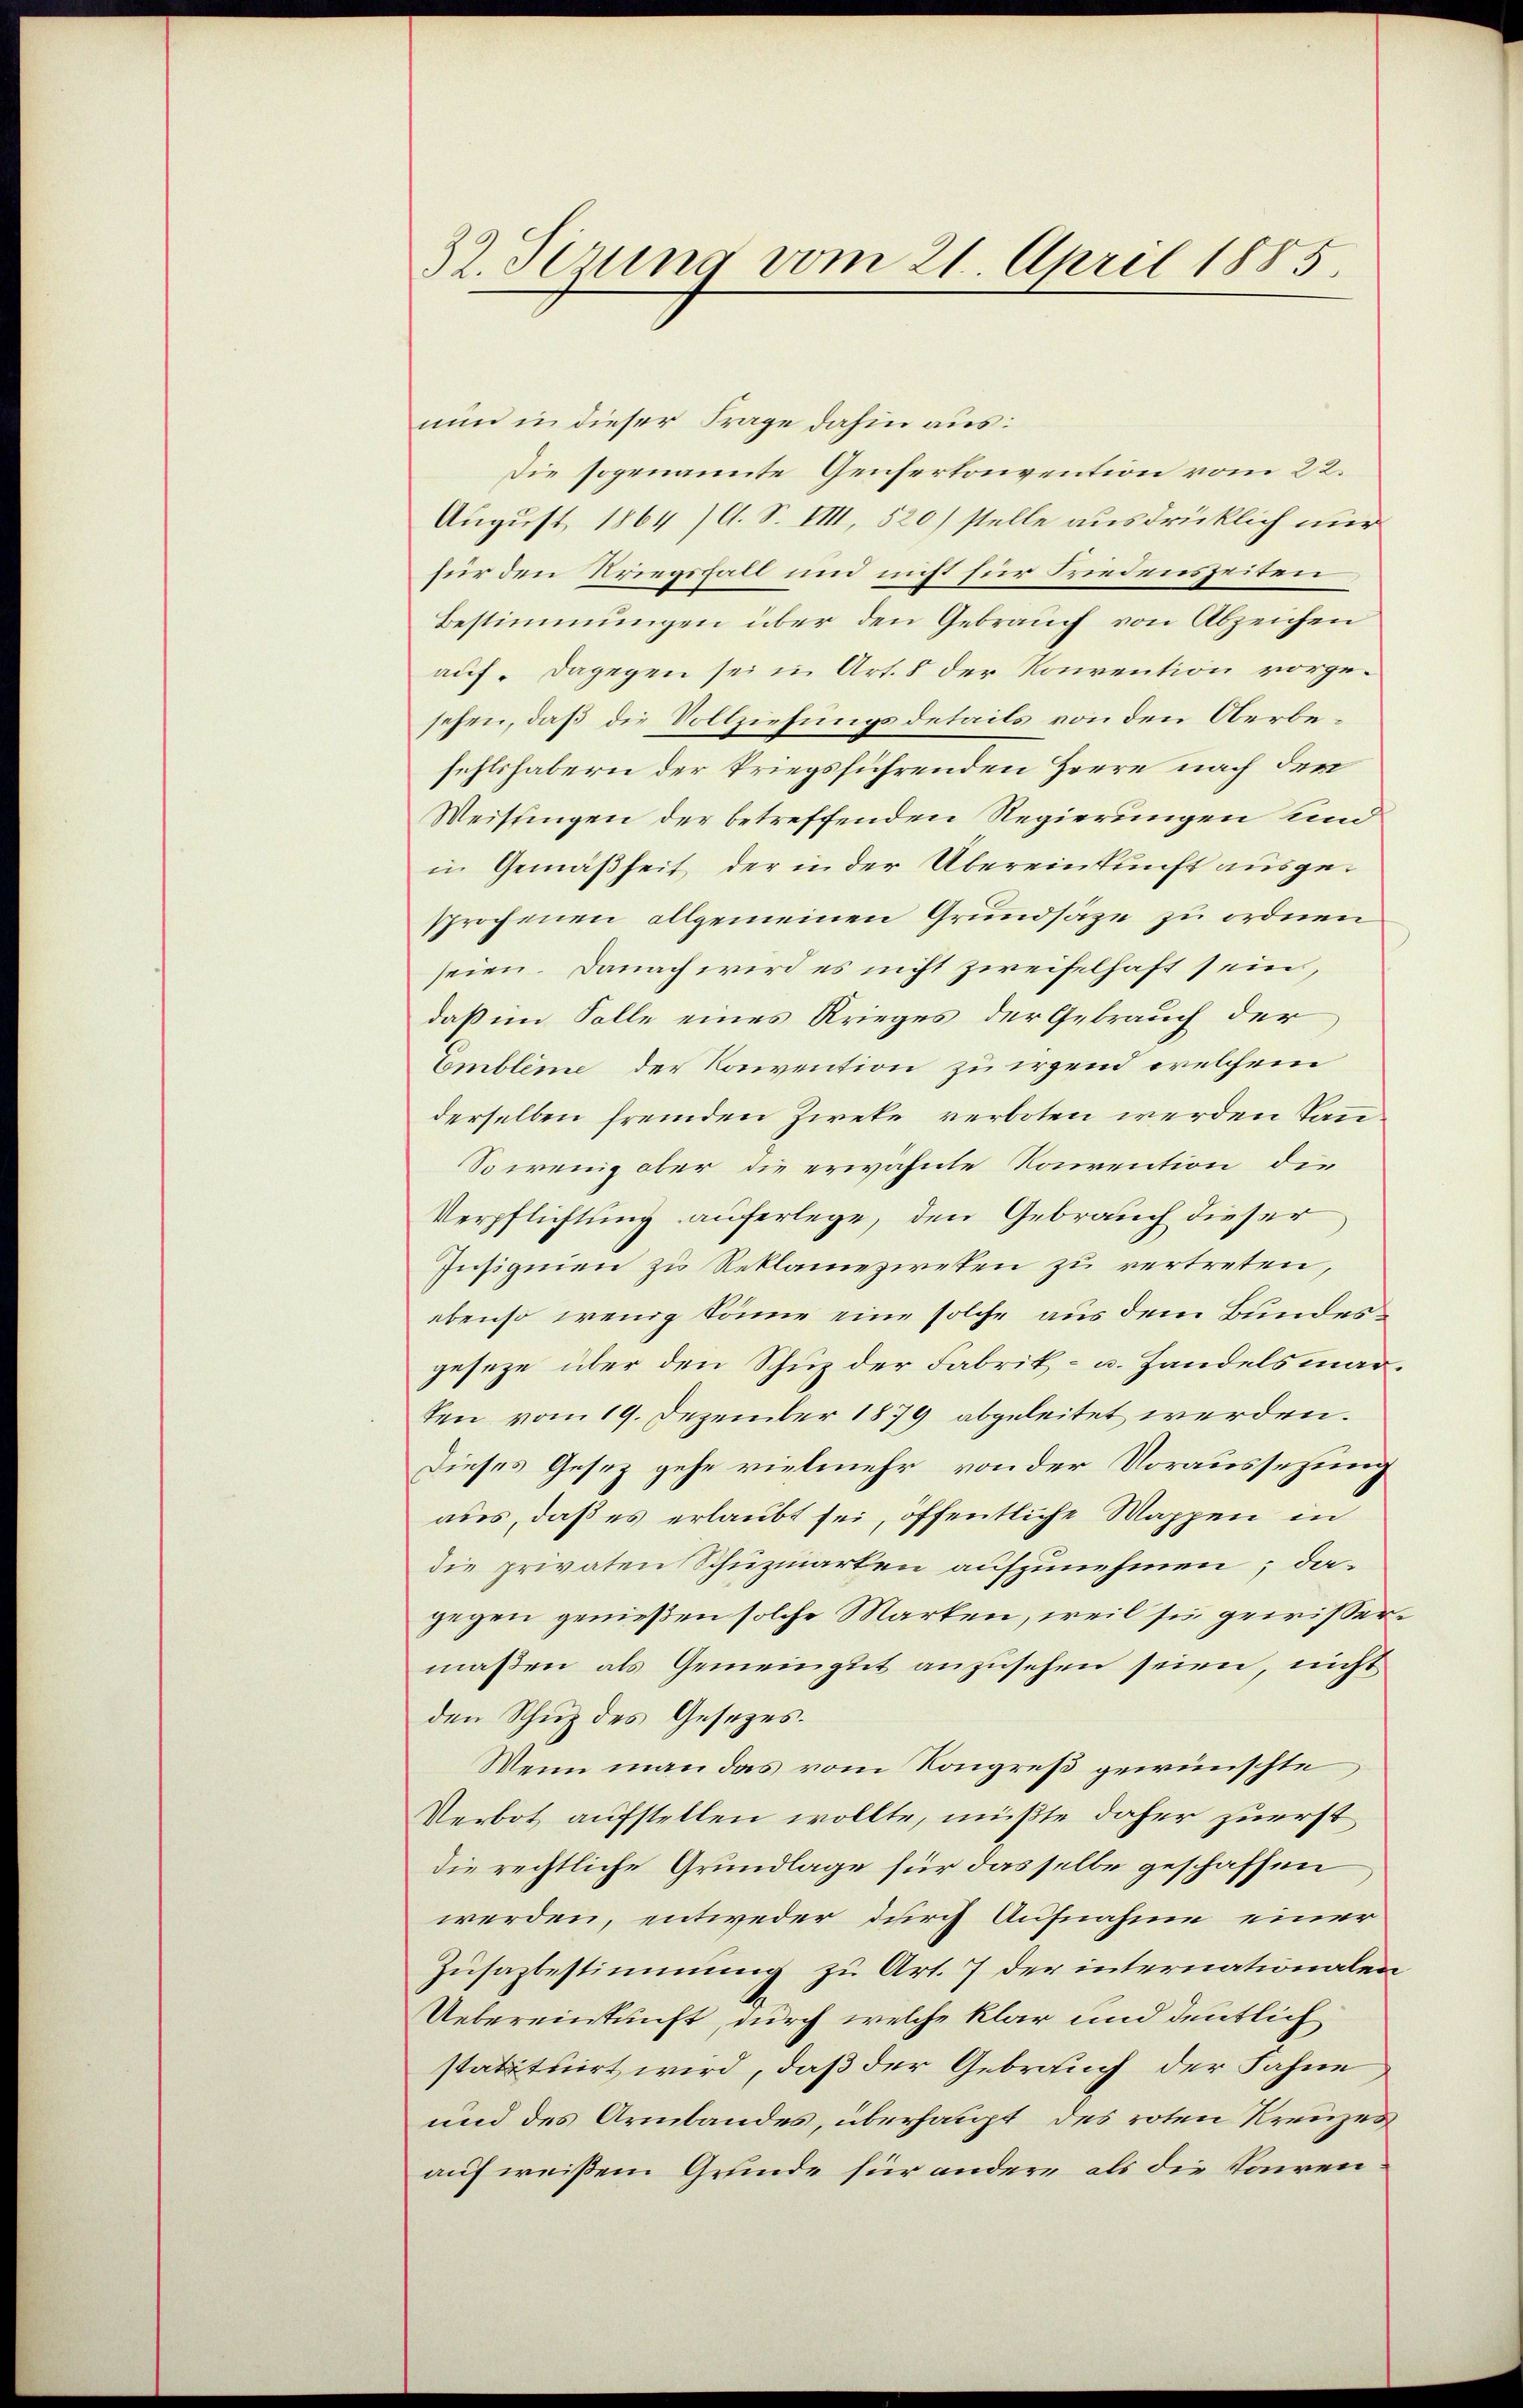
32. Sezung vom 21. April 1885.

nun in dieser Frage dahin aus:
Die sogenannte Genfertonvention vom 22.
August 1864 /A. S. VIII, 520) stelle ausdrücklich nur
für den Kriegsfall und nicht für Friedenszeiten
Bestimmungen über den Gebrauch von Abzeichen
auf. Dagegen sei in Art. 8 der Konvention vorgesehen, daß die Vollziehungsdetails von den Oberbefehlshabern der kriegsführenden Heere nach der
Weisungen der betreffenden Regierungen id
in Gemäßheit der in der Übereinkunft ausgesprochenen allgemeinen Grundsaze zu ordnen
seien. Danach wird es nicht zweifelhaft sein,
daß im Solle eines Krieges der Gebrauch der
Embleme der Konvention zu irgend welchem
derselben fremden Zweke verboten werden kann.
So wenig aber die erwähnte Konvention die
Verpflichtung auferlege, den Gebrauch dieser
Insignien zu Reklamezweken zu vertreten,
ebenso wenig könne eine solche aus dem Bundesgeseze über den Schuz der Fabrik- u. Handelsmarten vom 19. Dezember 1879 abgeleitet werden.
Dieses Gesez gehe vielmehr von der Voraussetzung
aus, daß es erlaubt sei, öffentliche Wappen in
die privaten Schuzmarten aufzunehmen; da
gegen genießen solche Marken, weil sie gewissermaßen als Gemeingut anzusehen seien, nicht
den Schup des Gesezes.
Wenn man das vom Kongreß gewünschte
Verbot aufstellen wollte, müßte daher zuerst
die rechtliche Grundlage für dasselbe geschaffen
werden, entweder durch Aufnahme einer
Zusazbestimmung zu Art. 7 der internationalen
Uebereinkunft, durch welche klar und deutlich
statituirt wird, daß der Gebrauch der Fahne
und des Armbandes, überhaupt des roten Kreuzes
auf weißem Grunde für andere als die Paren